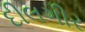
દીલગીર